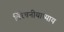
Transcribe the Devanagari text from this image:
विरेचनीयाध्याय